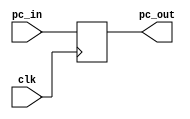
`timescale 1ns / 1ps
//////////////////////////////////////////////////////////////////////////////////
// Project - ECE690
//Maker - Jagrut Jadhav
//////////////////////////////////////////////////////////////////////////////////

module Program_counter(
input clk,
input [31:0] pc_in,
output [31:0] pc_out
    );
    reg [31:0] add = 32'd0; //set initial address to zero 
    always @ (posedge clk)
    begin
    add <= pc_in; //adding programcounter address to register
    end 
    assign pc_out = add;
endmodule